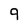
Character: q